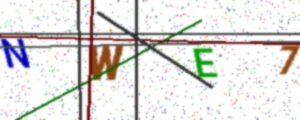
Text: NWE7